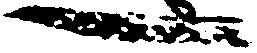
一